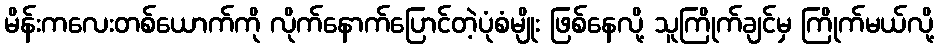
မိန်းကလေးတစ်ယောက်ကို လိုက်နောက်ပြောင်တဲ့ပုံစံမျိုး ဖြစ်နေလို့ သူကြိုက်ချင်မှ ကြိုက်မယ်လို့